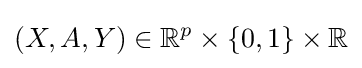
(X,A,Y)\in \mathbb {R} ^{p}\times \{0,1\}\times \mathbb {R}